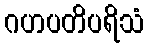
ဂဟပတိပရိသံ